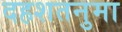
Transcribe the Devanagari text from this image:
दहशतनुमा